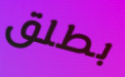
بطلق